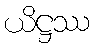
ယိဋ္ဌဿ